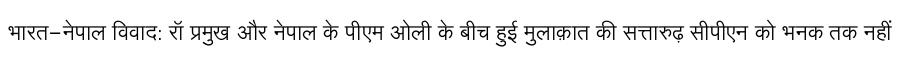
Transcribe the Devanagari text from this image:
भारत-नेपाल विवाद: रॉ प्रमुख और नेपाल के पीएम ओली के बीच हुई मुलाक़ात की सत्तारुढ़ सीपीएन को भनक तक नहीं